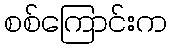
စစ်ကြောင်းက